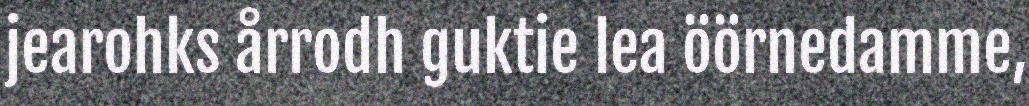
jearohks årrodh guktie lea öörnedamme,